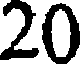
20